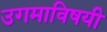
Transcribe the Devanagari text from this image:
उगमाविषयी